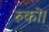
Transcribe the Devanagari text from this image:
रुको।